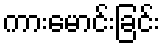
ကားမောင်းခြင်း